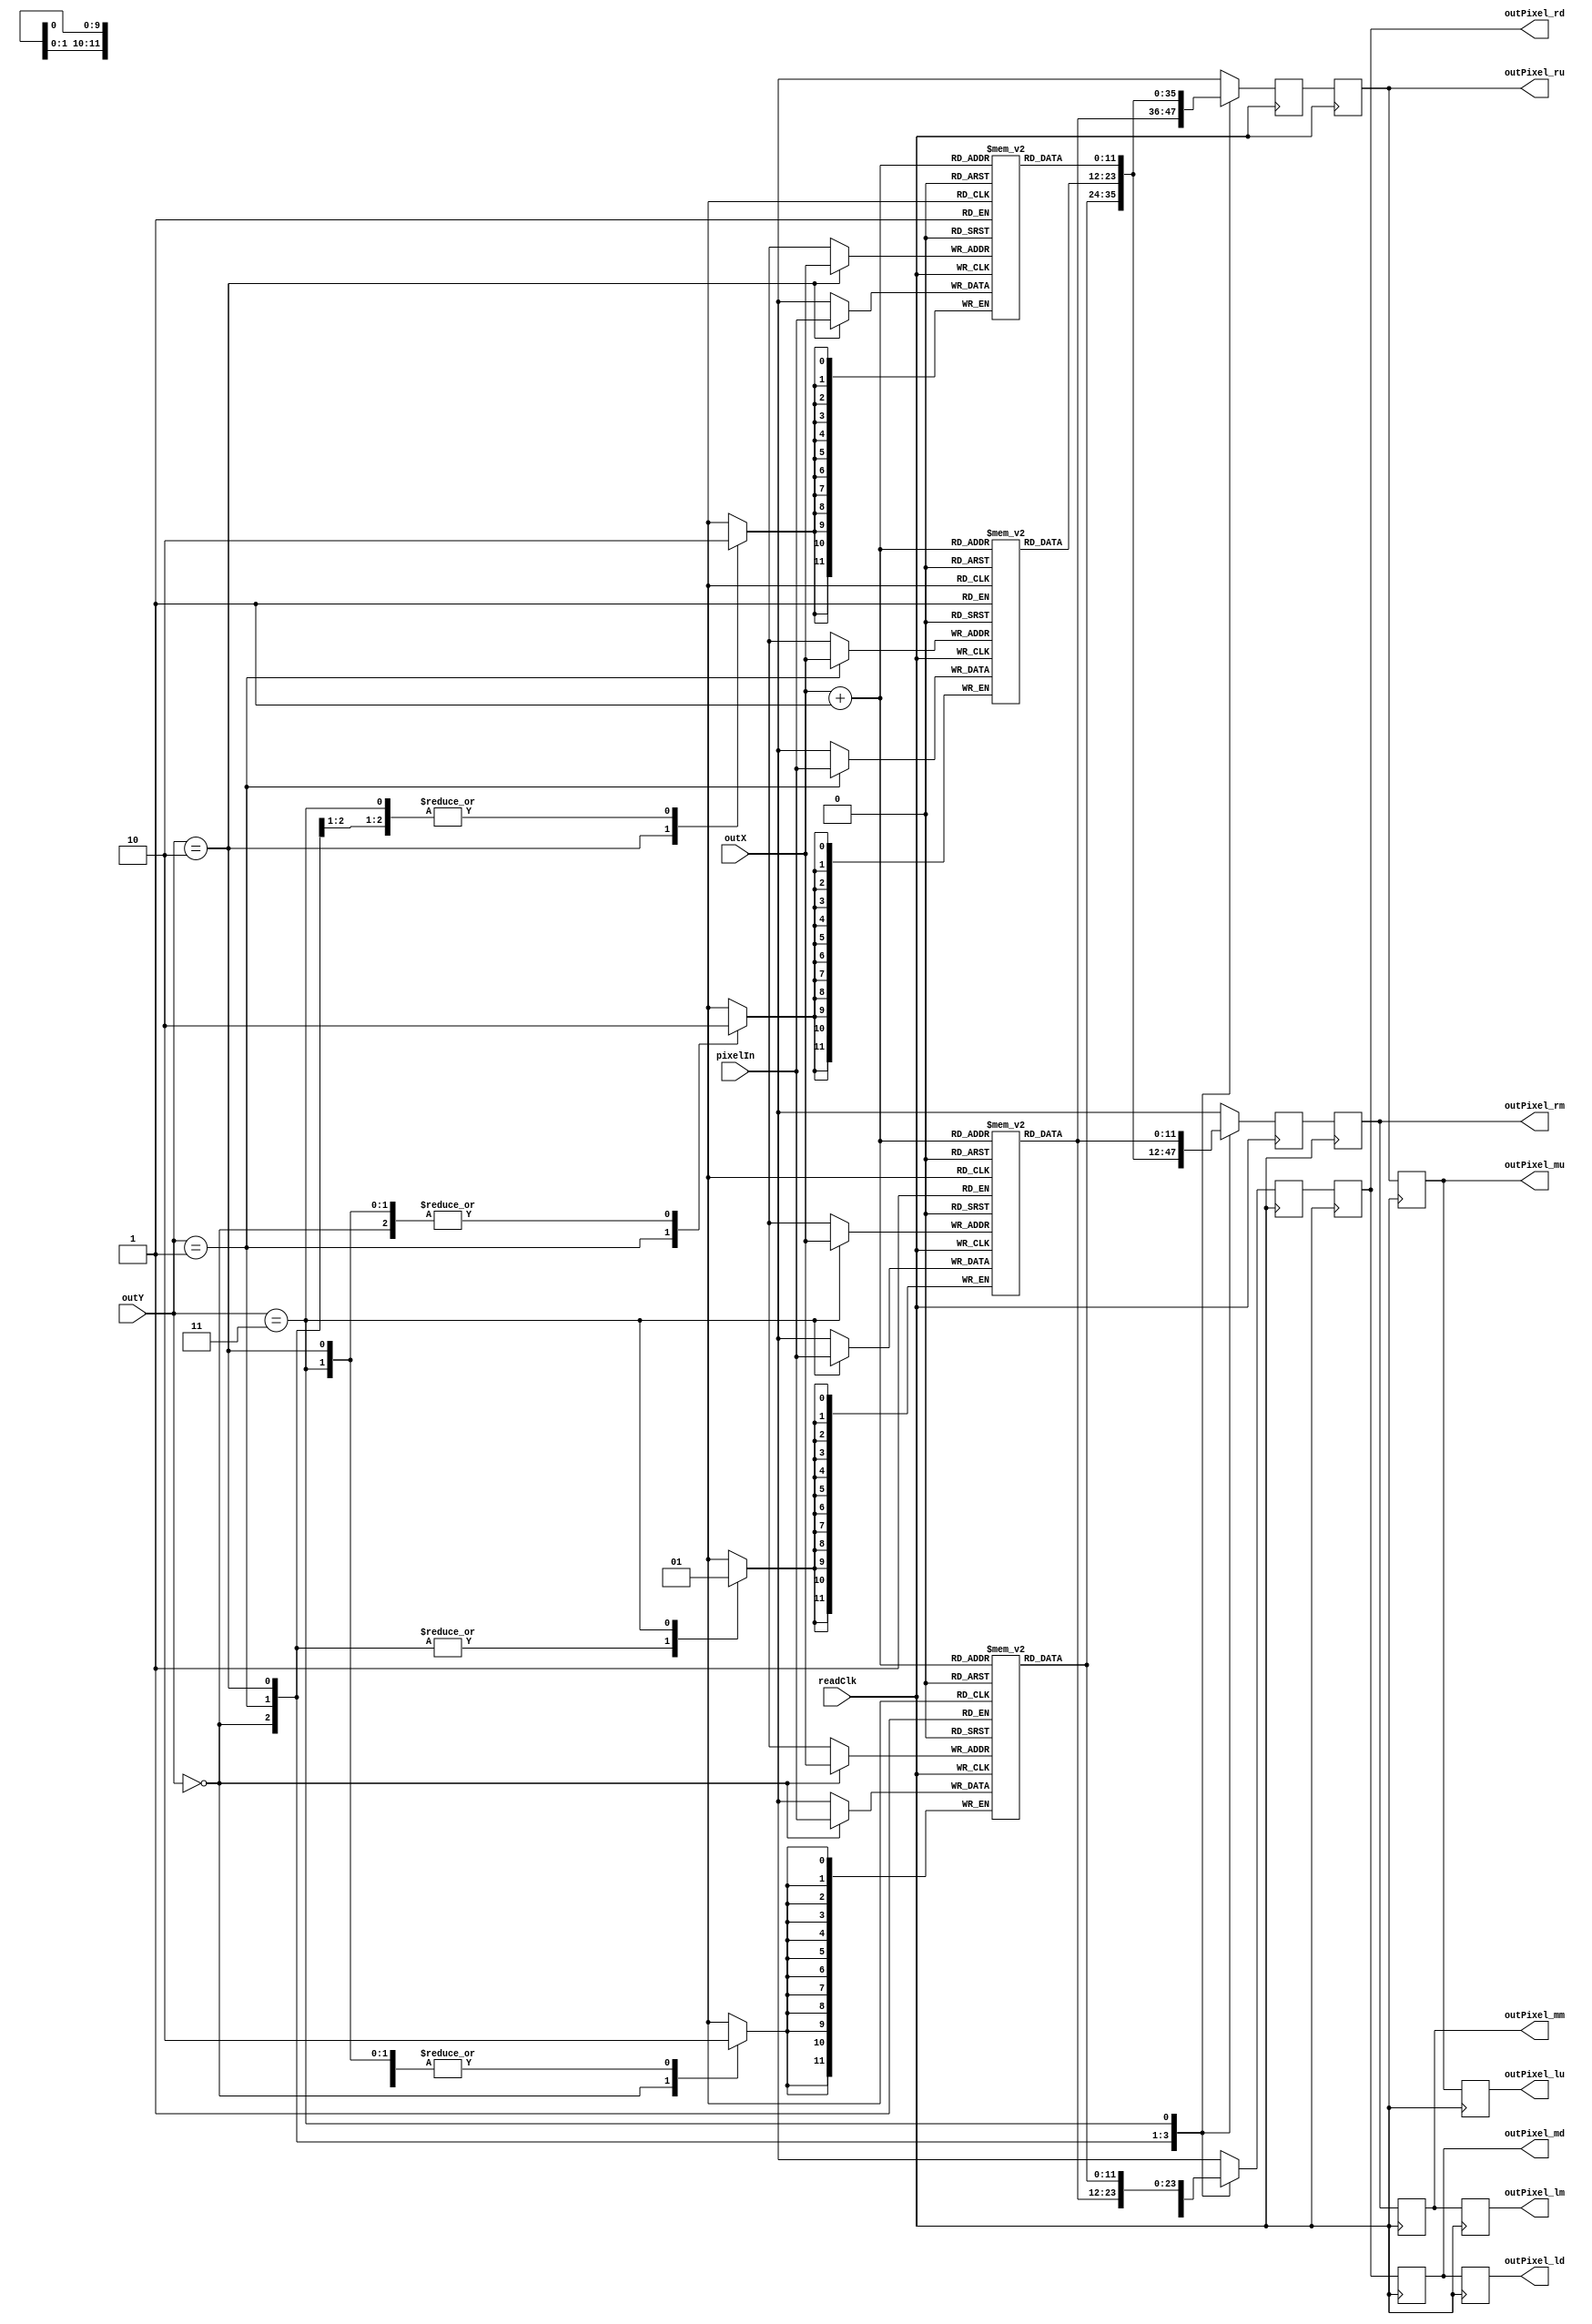
module PixelBuf(
    input   [9:0]   outX,
    input   [1:0]   outY,
    input           readClk,
    input   [11:0]  pixelIn,
    
    output reg [11:0]  outPixel_lu,
    output reg [11:0]  outPixel_lm,
    output reg [11:0]  outPixel_ld,
    output reg [11:0]  outPixel_mu,
    output reg [11:0]  outPixel_mm,
    output reg [11:0]  outPixel_md,
    output reg [11:0]  outPixel_ru,
    output reg [11:0]  outPixel_rm,
    output reg [11:0]  outPixel_rd
    );
    
    // buffer to hold 4 lines of pixels. Do this so we can output 9 pixels at a time.
    // this takes forever to synthesize if 3D ram is used bc it uses a bunch of LUTs instead
    // addressing is [{xAddr, yAddr[lowBits]}]
    reg [11:0] pixelBuf0 [679:0];
    reg [11:0] pixelBuf1 [679:0];
    reg [11:0] pixelBuf2 [679:0];
    reg [11:0] pixelBuf3 [679:0];
    reg [11:0] nextU;
    reg [11:0] nextM;
    reg [11:0] nextD;

    /*
    reg [11:0] pixelBuf [680 * 4 - 1 :0];
    wire [1:0] yUp = outY[1:0] - 2'b01;
    wire [1:0] yM  = outY[1:0];
    wire [1:0] yDn = outY[1:0] + 2'b01;
    */
    always@(posedge readClk) begin
        // write the pixel to the appropriate BRAM
        case(outY)
            2'b00: begin
                pixelBuf0[outX] <= pixelIn;
                nextU <= pixelBuf3[outX + 1];
                nextM <= pixelBuf0[outX + 1];
                nextD <= pixelBuf1[outX + 1];
            end
            2'b01: begin 
                pixelBuf1[outX] <= pixelIn;
                nextU <= pixelBuf0[outX + 1];
                nextM <= pixelBuf1[outX + 1];
                nextD <= pixelBuf2[outX + 1];
            end
            2'b10: begin 
                pixelBuf2[outX] <= pixelIn;
                nextU <= pixelBuf1[outX + 1];
                nextM <= pixelBuf2[outX + 1];
                nextD <= pixelBuf3[outX + 1];
            end
            2'b11: begin 
                pixelBuf3[outX] <= pixelIn;
                nextU <= pixelBuf2[outX + 1];
                nextM <= pixelBuf3[outX + 1];
                nextD <= pixelBuf0[outX + 1];
            end
        endcase
        // this will cause a drift of 1 pixel for the vgaOut, but thats ok.
        outPixel_lu <= outPixel_mu;
        outPixel_mu <= outPixel_ru;
        outPixel_ru <= nextU;
        outPixel_lm <= outPixel_mm;
        outPixel_mm <= outPixel_rm;
        outPixel_rm <= nextM;
        outPixel_ld <= outPixel_md;
        outPixel_md <= outPixel_rd;
        outPixel_rd <= nextD;

        /*
        pixelBuf[{outX, yM}] <= pixelIn;
        outPixel_lu <= pixelBuf[{outX-1, yUp}];
        outPixel_lm <= pixelBuf[{outX-1, yM}];
        outPixel_ld <= pixelBuf[{outX-1, yDn}];
        outPixel_mu <= pixelBuf[{outX,   yUp}];
        outPixel_mm <= pixelBuf[{outX,   yM}];
        outPixel_md <= pixelBuf[{outX,   yDn}];
        outPixel_ru <= pixelBuf[{outX+1, yUp}];
        outPixel_rm <= pixelBuf[{outX+1, yM}];
        outPixel_rd <= pixelBuf[{outX+1, yDn}];
        */
    end
endmodule